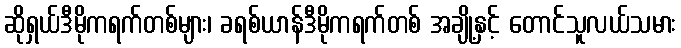
ဆိုရှယ်ဒီမိုကရက်တစ်များ၊ ခရစ်ယာန်ဒီမိုကရက်တစ် အချို့နှင့် တောင်သူလယ်သမား